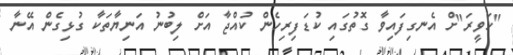
"ހަވީރަ"ށް އެނގިފައިވާ ގޮތުގައި ކުޑަފިރިހެން ކުއްޖާ އަށް ލިބުނު އަނިޔާތަކާ ގުޅިގެން އޭނާ